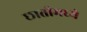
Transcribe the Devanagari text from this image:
छातीमध्ये